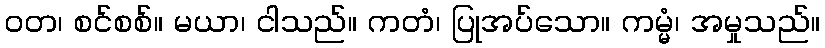
ဝတ၊ စင်စစ်။ မယာ၊ ငါသည်။ ကတံ၊ ပြုအပ်သော။ ကမ္မံ၊ အမှုသည်။